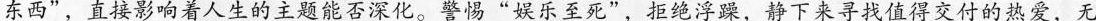
东西”，直接影响着人生的主题能否深化。警惕”娱乐至死”，拒绝浮躁，静下来寻找值得交付的热爱，无